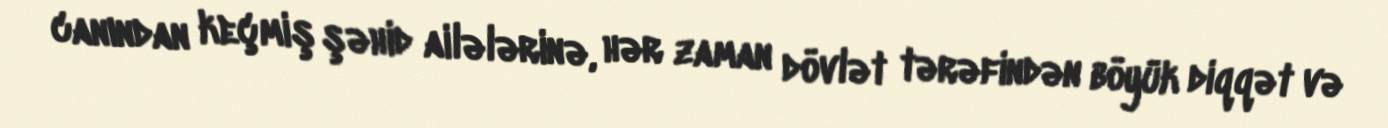
canından keçmiş şəhid ailələrinə, hər zaman dövlət tərəfindən böyük diqqət və